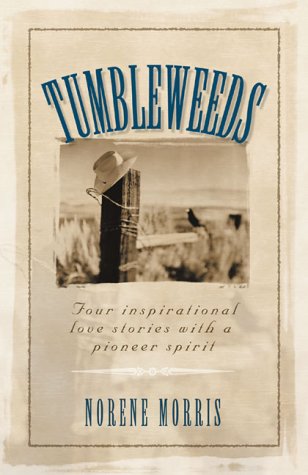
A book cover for Tumbleweeds: Cottonwood Dreams/Rainbow Harvest/Pioneer Legacy/Heart for Home (Inspirational Romance Collection); Norene Morris; Religion & Spirituality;